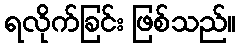
ရလိုက်ခြင်း ဖြစ်သည်။